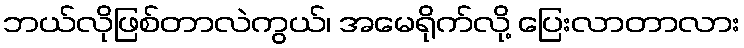
ဘယ်လိုဖြစ်တာလဲကွယ်၊ အမေရိုက်လို့ ပြေးလာတာလား